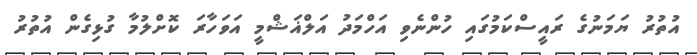
އުތުރު ޔަމަނުގެ ރައީސްކަމުގައި ހުންނެވި އަހްމަދު އަލްޣަޝްމީ އަވަހާރަ ކޮށްލުމާ ގުޅިގެން އުތުރު